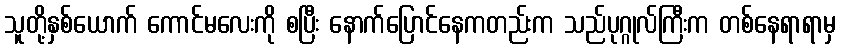
သူတို့နှစ်ယောက် ကောင်မလေးကို စပြီး နောက်ပြောင်နေကတည်းက သည်ပုဂ္ဂုလ်ကြီးက တစ်နေရာရာမှ